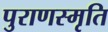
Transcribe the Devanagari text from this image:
पुराणस्मृति